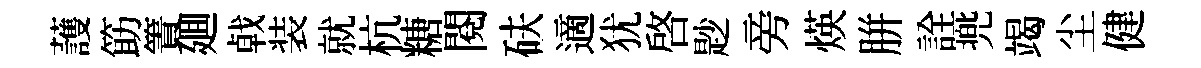
䕶筯簀廽㦸装就杭糖閱砆適犹啟尟旁煐胼詮兠竭尘健